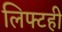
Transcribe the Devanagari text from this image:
लिफ्टही